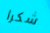
شكرا